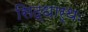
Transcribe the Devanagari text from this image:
सिद्धार्थः